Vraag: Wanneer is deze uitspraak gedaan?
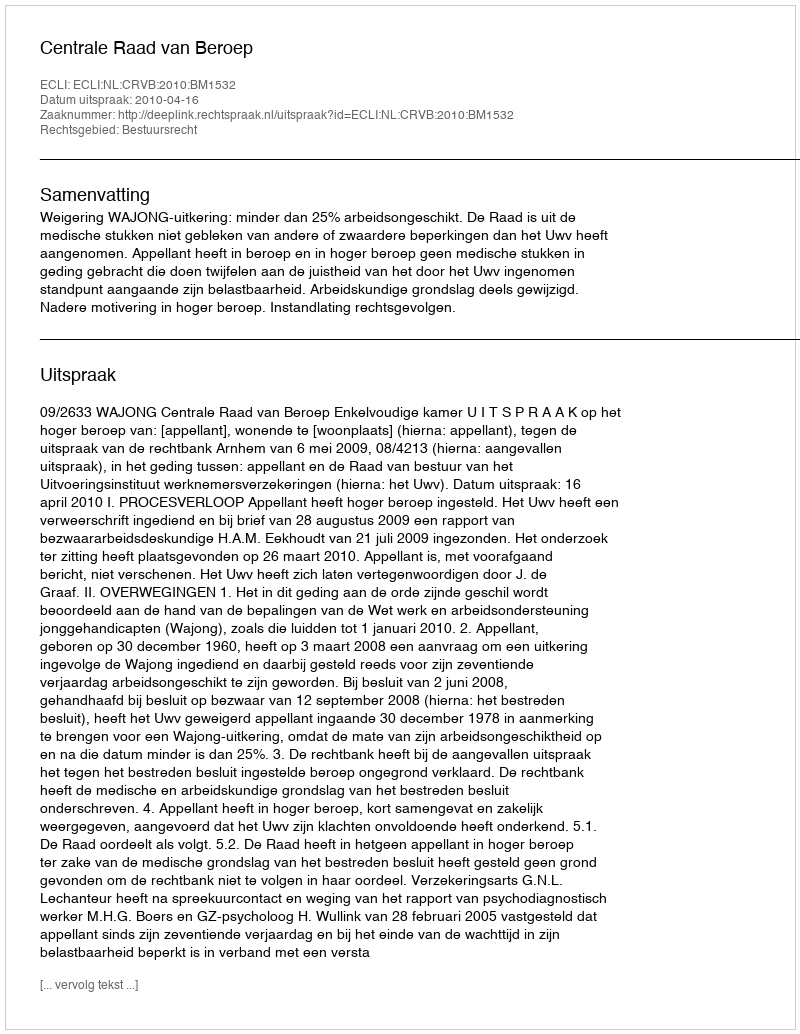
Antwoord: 2010-04-16